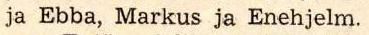
ja Ebba, Markus ja Enehjelm.